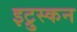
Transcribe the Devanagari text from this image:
इट्रुस्कन